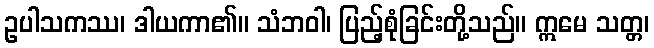
ဥပါသကဿ၊ ဒါယကာ၏။ သံဘဝါ၊ ပြည့်စုံခြင်းတို့သည်။ ဣမေ သတ္တ၊